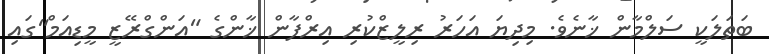
ބަތަލަކީ ސަލްމާން ޚާނެވެ. މިދިޔަ އަހަރު ރިލީޒްކުރި އިރްފާން ޚާންގެ "އަންގްރޭޒީ މީޑިއަމް"ގައި